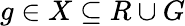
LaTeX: g\in X\subseteq R\cup G